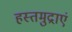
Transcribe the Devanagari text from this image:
हस्तमुद्राएं